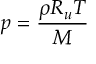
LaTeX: p = { \frac { \rho R _ { u } T } { M } }